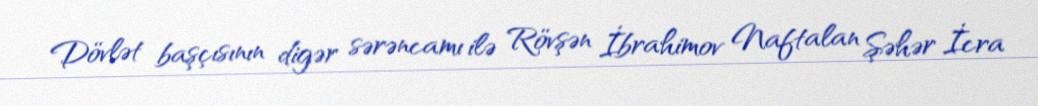
Dövlət başçısının digər sərəncamı ilə Rövşən İbrahimov Naftalan Şəhər İcra